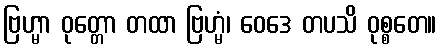
ဗြဟ္မာ ဝုတ္တော တထာ ဗြဟ္မံ၊ ဝေဒေ တပသိ ဝုစ္စတေ။